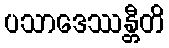
ပသာဒေဿန္တီတိ